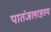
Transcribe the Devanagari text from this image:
पातंजलरहस्य